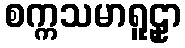
စက္ကသမာရူဠှာ